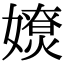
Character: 𡢴